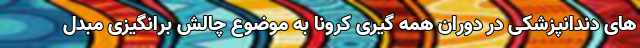
های دندانپزشکی در دوران همه گیری کرونا به موضوع چالش برانگیزی مبدل